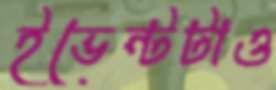
ইভেন্টটাও